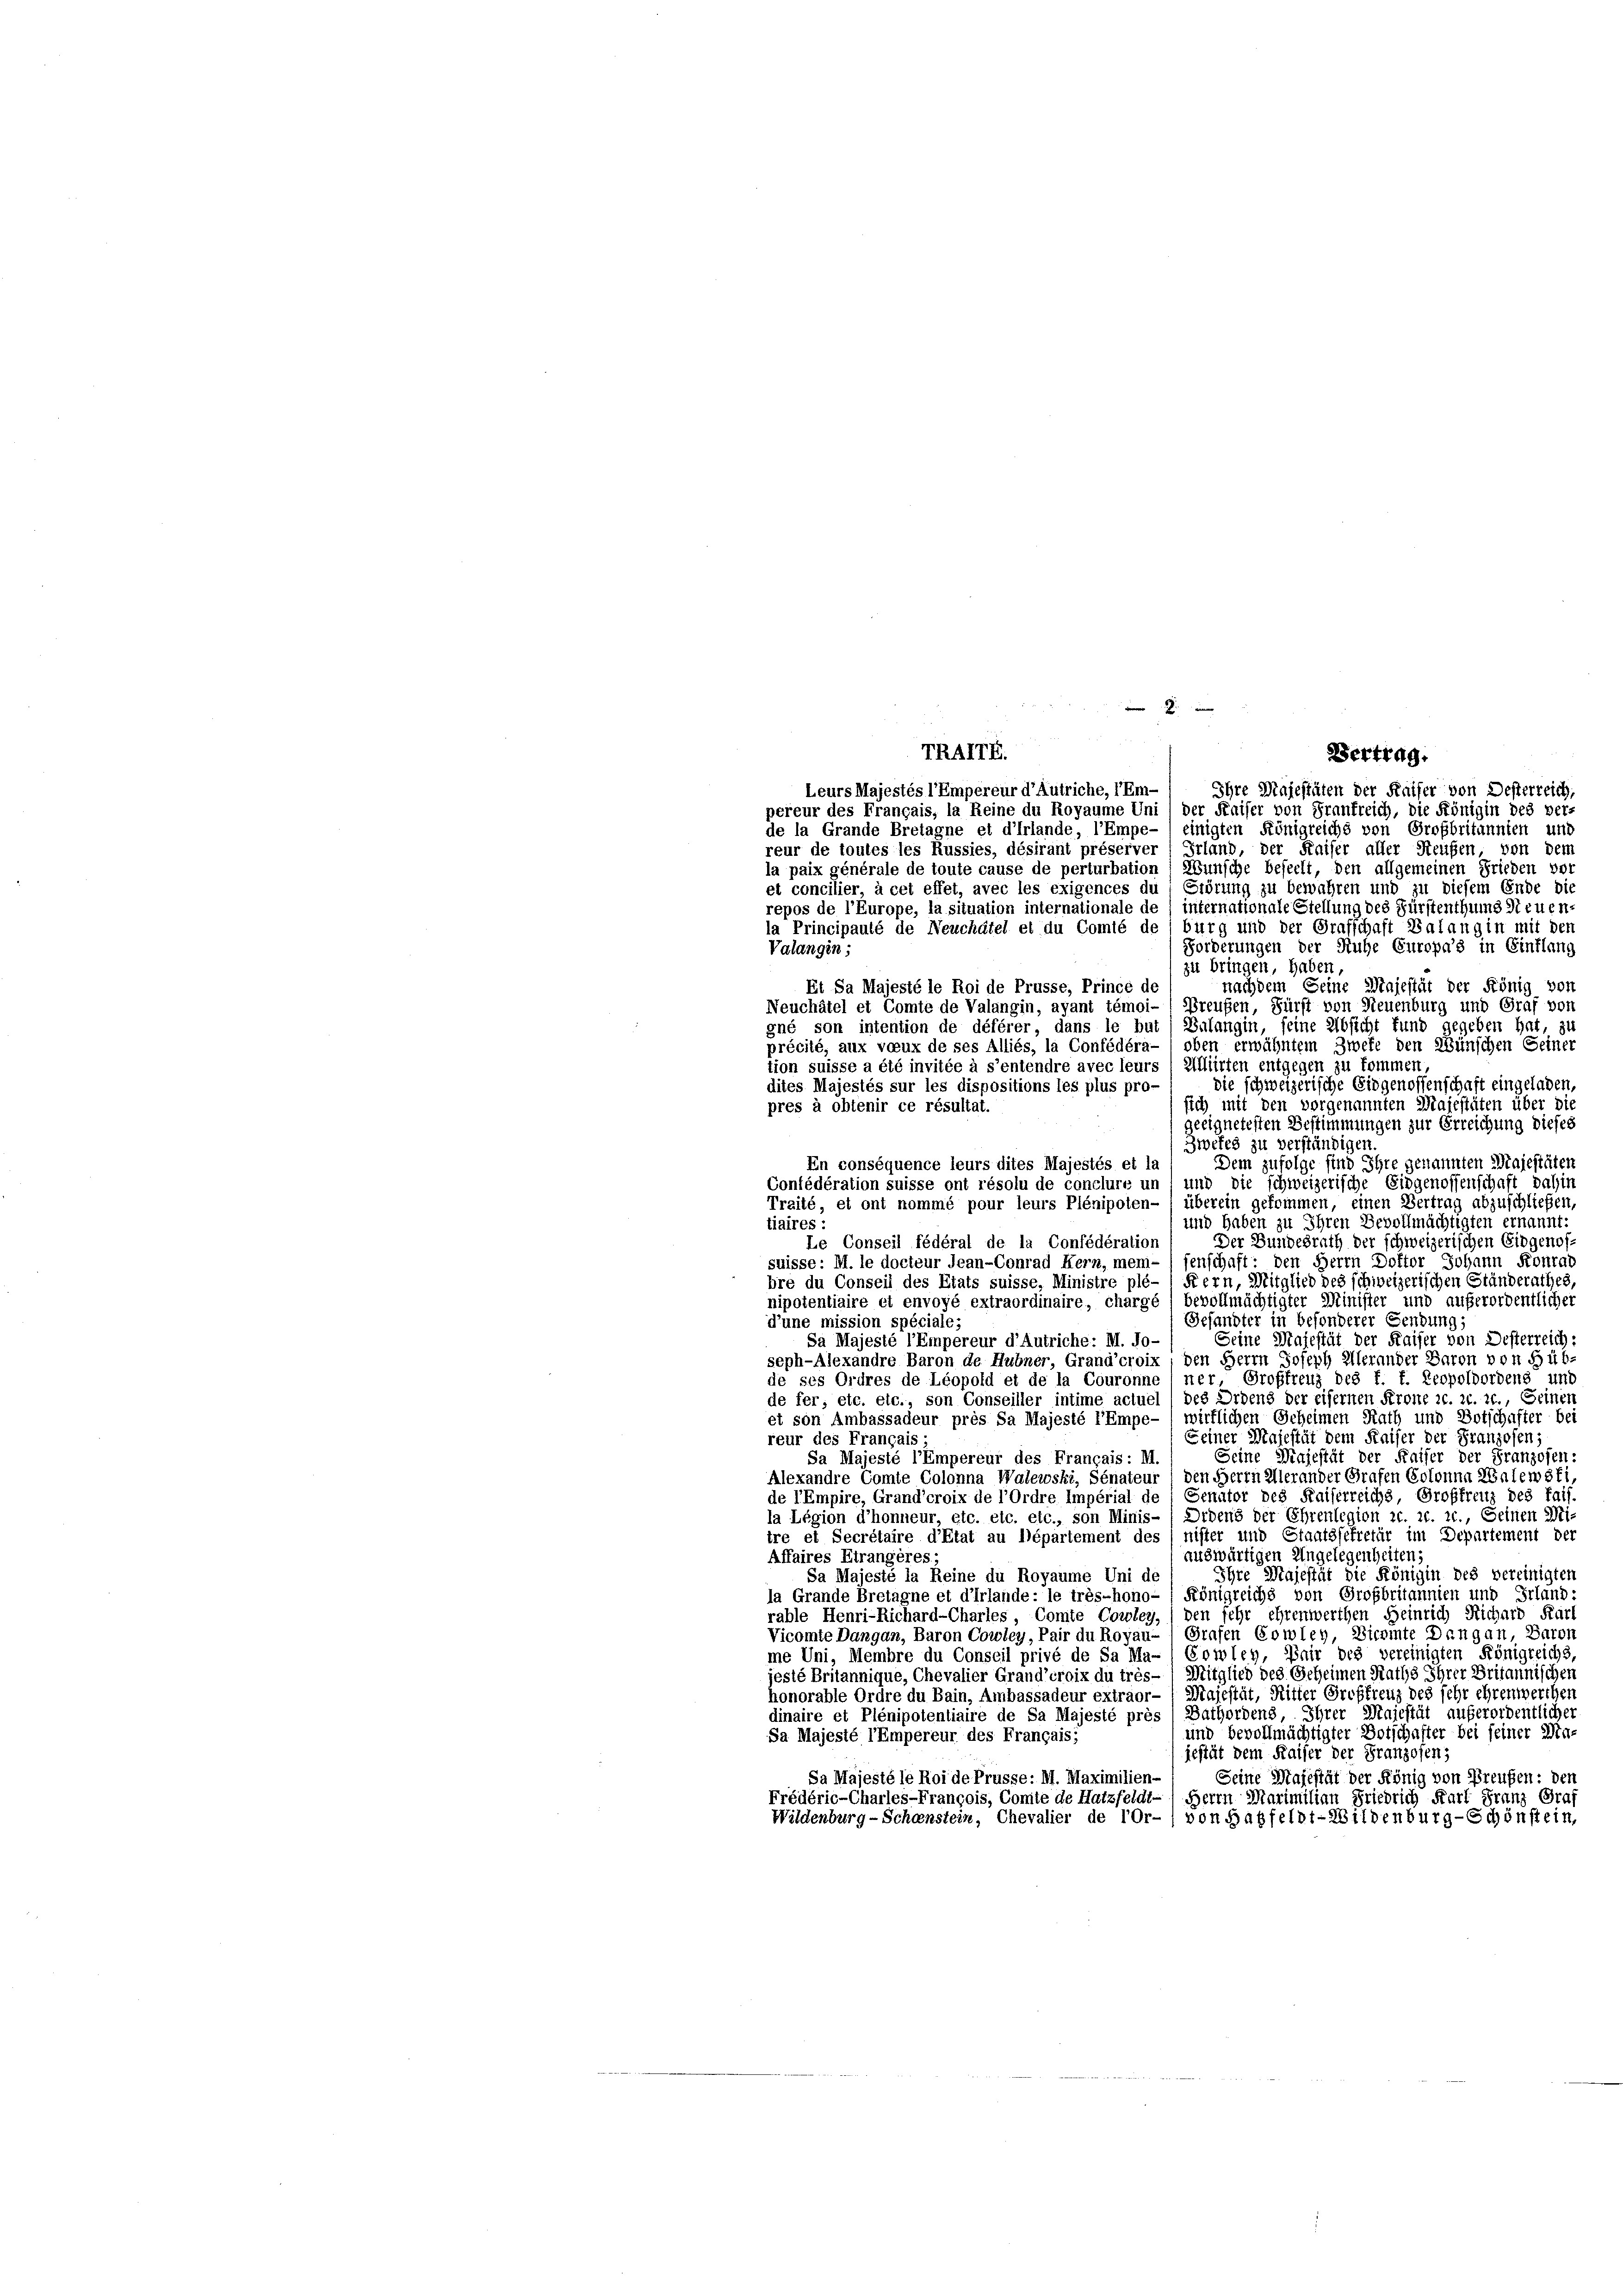
reur de toutes les Russies, désirant préserver (Erland, der Kaiser aller Reußen, von dem
la paix générale de toute cause de perturbation ( Wunsche beseelt, den allgemeinen Frieden vor
et concilier, à cet effet, avec les exigences du, Erörung zu bewahren und zu diesem Ende die
repos de l’Europe, la situation internationale de / internationale Stellung des Fürstenthums Neuen-
la Principauté de Neuchâtel et du Comté de / burg und der Grafschaft Balangin mit den
Forderungen der Ruhe Europa's in Einflang
zu bringen, haben,
nachdem Seine Majestät der König von
Et Sa Majesté le Roi de Prüsse, Prince de
Neuchâtel et Comte de Valangin, ayant témoi-Preußen, Fürst von Neuenburg und Graf von
gné son intention de déférer, dans le but) Zulangin, seine Absicht fund gegeben hat, zu
précité, aux voeux de ses Alliés, la Confédéra- oben erwähntem Zweke den Wünschen Seiner
tion suisse a été invitée à s’entendre avec leurs (Alliirten entgegen zu kommen,
die schweizerische Eidgenossenschaft eingeladen,
dites Majestés sur les dispositions les plus pro-
sich mit den vorgenannten Majestäten über die
pres à obtenir ce résultat.
geeignetesten Bestimmungen zur Erreichung dieses
Zwefes zu verständigen.
Dem zufolge sind Ihre genannten Majestäten
Confédération suisse ont résolu de conclure uns und die schweizerische Eidgenossenschaft dahin
und haben zu Ihren Bevollmächtigten ernannt:
Der Bundesrath der schweizerischen Eidgenos¬
Le Conseil fédéral de la Confédération
suisse: M. le docteur Jean-Conrad Hern, mei- senschaft: den Herrn Doktor Johann Konrad
bre du Conseil des Etats suisse, Ministre plé- ) Fern, Mitglied des schweizerischen Ständerathes,
nipotentiaire et envoyé extraordinaire, chargé / bevollmächtigter Minister und außerordentlicher
Gefandter in besonderer Gendung;
d’une mission spéciale;
Sa Majesté l’Empereur d’Autriche: M. Jo-
Seine Majestät der Kaiser von Desterreich:
seph-Alexandre Baron de Hubner, Grand’croix den Herrn Joseph Allerander Baron von Büb-
de ses Ordres de Léopold et de la Couronne ( ner, Groffreuz des f. f. Leopoldordens und
de fer, etc. etc., son Conseiller intime actuel / des Ordens der eifernen Krone c. 2t. c., Seinen
et son Ambassadeur près Sa Majesté l’Empe- 1 wirklichen Geheimen Rath und Botschafter bei
Seiner Majestät dem Kaiser der Franzosen
reur des Français :
Seine Majestät der Kaiser der Franzosen:
Sa Majesté l’Empereur des Français: M.
Alexandre Comte Colonna Walewski, Senateur ; den Herrn Allerander Grafen Colonna Znlewski,
de l’Empire, Grandcroix de l’ordre Impérial de ( Senator des Kaiserreichs, Groffrenz des faif-
la Légion d’honneur, etc. etc. etc., son Minis-) Ordens der Ehrenlegion zc. 10. c., Seinen Mi-
tre et Secrétaire d’Etat au lépartement des (nister und Staatssekretär im Departement der
auswärtigen Angelegenheiten,
Affaires Etrangères;
Ihre Majestät die Königin des vereinigten
Sa Majesté la Reine du Royaume Uni de
la Grande Bretagne et d’hrlande: le très-hono- / Königreichs von Großbritannien und Irland-
rable Henri-Richard-Charles, Comte Cowley,) den sehr ehrenwerthen Heinrich Richard Karl
Vicomte Dangan, Baron Cowley, Pair du Royau-, Grafen Cowley, Dichmte Dangan, Baron
me Uni, Membre du Conseil privé de Sa Ma- / Cowley, Pair des vereinigten Königreichs,
jesté Britannique, Chevalier Grand’croix du très- ( Mitglied des Geheimen Raths Ihrer Britannischen
honorable Ordre du Bain, Ambassadeur extraor- / Majestät, Ritter Groffreuz des sehr ehrenwerchen
dinaire et Plénipotentiaire de Sa Majesté près Bathordens, Ihrer Majestät außerordentlicher
und bevollmächtigter Botschafter bei seiner Ma¬
Sa Majesté l’Empereur des Français;
jestät dem Kaiser der Franzosen;
Sa Majesté le Roi de Prusse: M. Maximilien-
Seine Majestät der König von Preußen: den
Frédéric-Charles-François, Comte de Hatzfeldt- 1 Herrn Maximilian Friedrich Karl Franz Graf
Wildenburg-Schenstein, Chevalier de lor-/ von Halfeldt-Wildenburg-Schönstein,

ee einen

TRATE.
Vertrag.
Leurs Majestés l’Empereur d’Autriche, l’Em-
Ihre Majestäten der Kaiser von Desterreich,
pereur des Français, la Reine du Royaume Uni, der Kaiser von Frankreich, die Königin des ver-
de la Grande Bretagne et d’hrlande, l’Empe-, einigten Königreichs von Großbritannten und

Valangin;

En conséquence leurs dites Majestés et la
Traité, et ont nommé pour leurs Plénipoten- 1 überein gekommen, einen Vertrag abzuschließen,
tiaires :